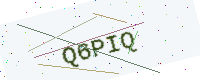
Text: Q6PIQ